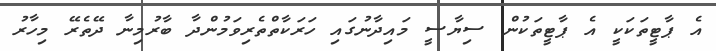
އެ ޕާޓީތަކަކީ އެ ޕާޓީތަކުން ސިޔާސީ މައިދާނުގައި ހަރަކާތްތެރިވަމުންދާ ބާރުމިނާ ދޭތެރޭ މިހާރު